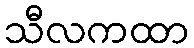
သီလကထာ